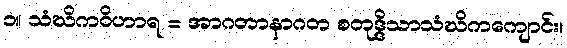
၁။ သံဃိကဝိဟာရ = အာဂတာနာဂတ စတုဒ္ဒိသာသံဃိကကျောင်း၊